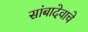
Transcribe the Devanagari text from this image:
सांबादेवाचे